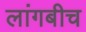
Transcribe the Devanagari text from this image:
लांगबीच